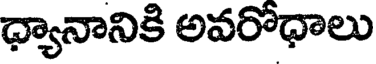
ధ్యానానికి అవరోధాలు